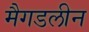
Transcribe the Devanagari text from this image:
मैगडलीन